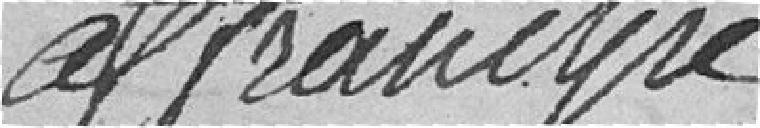
affranchie